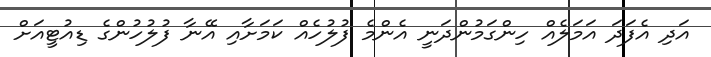
އަދި އެފަދަ އަމަލެއް ހިންގަމުންދަނީ އެންމެ ފުލުހެއް ކަމަށާއި އޭނާ ފުލުހުންގެ ޑިއުޓީއަށް